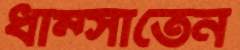
ধাম্‌সাতেন